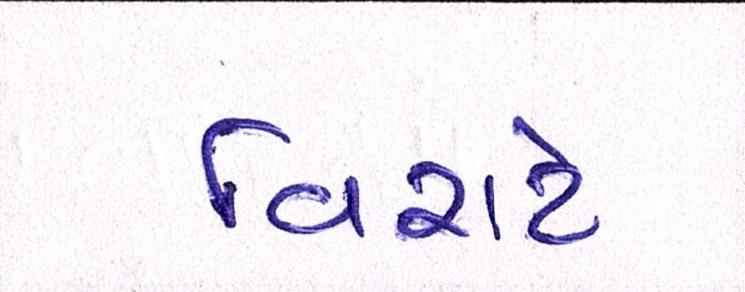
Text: વિરાટે